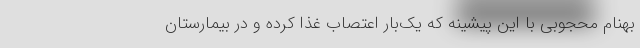
بهنام محجوبی با این پیشینه که یک‌بار اعتصاب غذا کرده و در بیمارستان